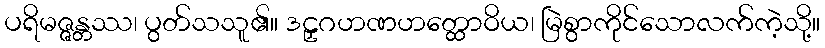
ပရိမဇ္ဇန္တဿ၊ ပွတ်သသူ၏။ ဒဠှဂဟဏဟတ္ထောဝိယ၊ မြဲစွာကိုင်သောလက်ကဲ့သို့။